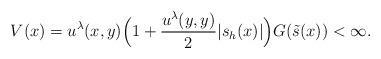
LaTeX: \begin{align*}V(x)=u^{\lambda}(x,y)\Big(1+\frac{u^{\lambda}(y,y)}{2}|s_h(x)|\Big)G(\tilde{s}(x))<\infty.\end{align*}